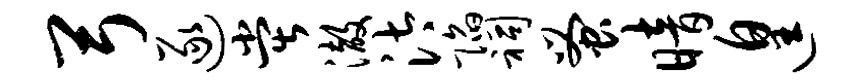
弓逐堂澈汰陷祠蚤暗遑